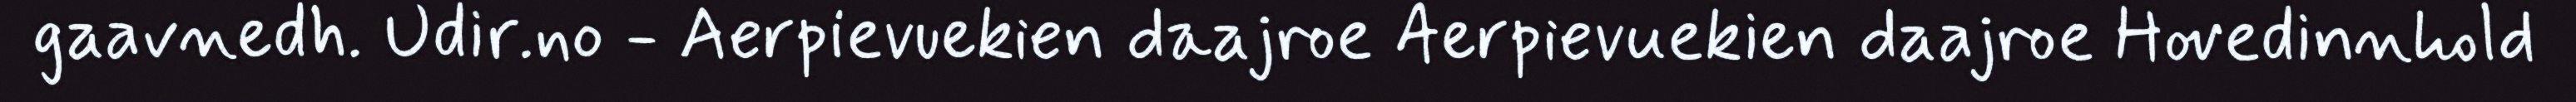
gaavnedh. Udir.no - Aerpievuekien daajroe Aerpievuekien daajroe Hovedinnhold